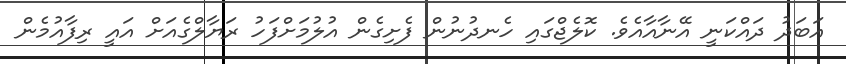
އަބަދު ދައްކަނީ އޭނާއާއެވެ. ކޮލެޖްގައި ހެނދުނުން ފެށިގެން އުލުމަށްފަހު ރަޔާލްގެއަށް އައީ ރިފާއުމެން